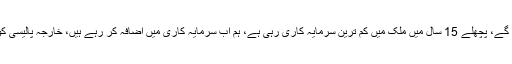
ہر پاکستانی کو ہم گھر دیں گے، پچھلے 15 سال میں ملک میں کم ترین سرمایہ کاری رہی ہے، ہم اب سرمایہ کاری میں اضافہ کر رہے ہیں، خارجہ پالیسی کو بھی بہتر بنایا جا رہا ہے۔